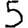
Digit: 5